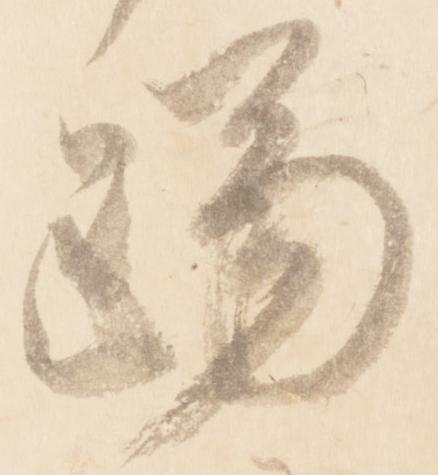
躅